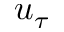
u _ { \tau }